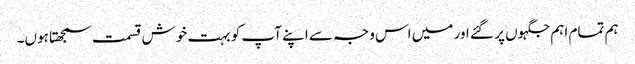
ہم تمام اہم جگہوں پر گئے اور میں اس وجہ سے اپنے آپ کو بہت خوش قسمت سمجھتا ہوں۔